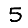
Digit: 5